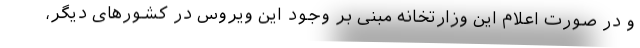
و در صورت اعلام این وزارتخانه مبنی بر وجود این ویروس در کشورهای دیگر،